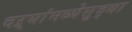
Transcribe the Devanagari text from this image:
दऱ्यांमध्येसुद्धा